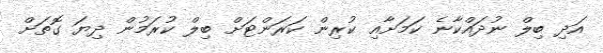
އަދި ބިލް ނުދައްކާނެ ކަމަށާއި ކުރިން ކަރަންޓަށް ބިލް ކުރަމުން ދިޔަ ގޮތަށް